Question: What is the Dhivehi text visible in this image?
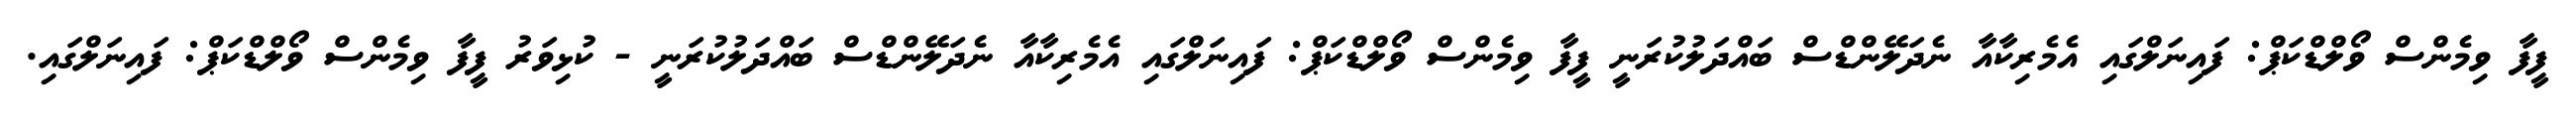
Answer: ފީފާ ވިމެންސް ވޯލްޑްކަޕް: ފައިނަލްގައި އެމެރިކާއާ ނެދަލޭންޑްސް ބައްދަލުކުރަނީ ފީފާ ވިމެންސް ވޯލްޑްކަޕް: ފައިނަލްގައި އެމެރިކާއާ ނެދަލޭންޑްސް ބައްދަލުކުރަނީ - ކުޅިވަރު ފީފާ ވިމެންސް ވޯލްޑްކަޕް: ފައިނަލްގައި.